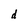
Character: d